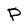
Character: P